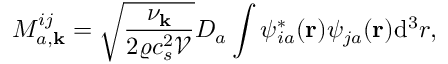
M _ { a , \mathbf { k } } ^ { i j } = \sqrt { \frac { \nu _ { \mathbf { k } } } { 2 \varrho c _ { s } ^ { 2 } \mathcal { V } } } D _ { a } \int \psi _ { i a } ^ { \ast } ( \mathbf { r } ) \psi _ { j a } ( \mathbf { r } ) \mathrm { d ^ { 3 } } r ,